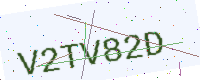
Text: V2TV82D